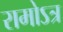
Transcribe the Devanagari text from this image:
रामोऽत्र